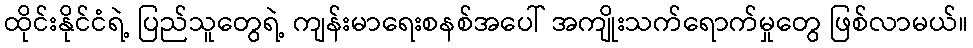
ထိုင်းနိုင်ငံရဲ့ ပြည်သူတွေရဲ့ ကျန်းမာရေးစနစ်အပေါ် အကျိုးသက်ရောက်မှုတွေ ဖြစ်လာမယ်။